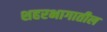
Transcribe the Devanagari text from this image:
शहरभागातील